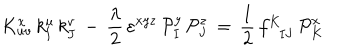
LaTeX: K _ { u v } ^ { x } \, k _ { \mathbf { I } } ^ { u } \, k _ { \mathbf { J } } ^ { v } \, - \, { \frac { \lambda } { 2 } } \, \varepsilon ^ { x y z } \, { \cal P } _ { \mathbf { I } } ^ { y } \, { \cal P } _ { \mathbf { J } } ^ { z } \, = \, { \frac { 1 } { 2 } } \, f _ { \phantom { \mathbf { K } } \mathbf { I } \mathbf { J } } ^ { \mathbf { K } } \, { \cal P } _ { \mathbf { K } } ^ { x }